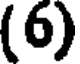
(6)